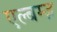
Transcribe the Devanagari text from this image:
एल्बम्ज़